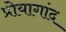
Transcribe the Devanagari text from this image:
प्रोयागांद